Scottish Leaving Certificate Examination, 1954
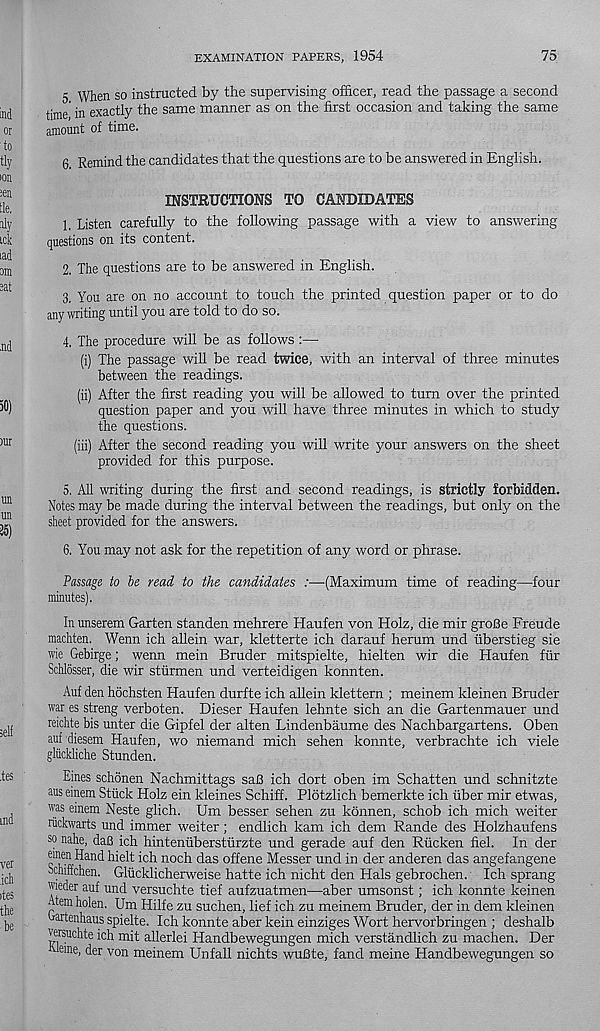
EXAMINATION PAPERS, 1954
75
5 When so instructed by the supervising officer, read the passage a second
time' in exactly the same manner as on the first occasion and taking the same
amount of time.
6 Remind the candidates that the questions are to be answered in English.
INSTRUCTIONS TO CANDIDATES
1. Listen carefully to the following passage with a view to answering
questions on its content.
2. The questions are to be answered in English.
3. You are on no account to touch the printed question paper or to do
any writing until you are told to do so.
4. The procedure will be as follows:—
(i) The passage will be read twice, with an interval of three minutes
between the readings.
(ii) After the first reading you will be allowed to turn over the printed
question paper and you will have three minutes in which to study
the questions.
(iii) After the second reading you will write your answers on the sheet
provided for this purpose.
5. All writing during the first and second readings, is strictly forbidden.
Notes may be made during the interval between the readings, but only on the
sheet provided for the answers.
6. You may not ask for the repetition of any word or phrase.
Passage to be read to the candidates :—(Maximum time of reading—four
minutes).
In unserem Garten standen mehrere Haufen von Holz, die mir groBe Freude
machten. Wenn ich allein war, kletterte ich darauf herum und tiberstieg sie
wie Gebirge; wenn mein Bruder mitspielte, hielten wir die Haufen ftir
Schlosser, die wir sturmen und verteidigen konnten.
Auf den hochsten Haufen durfte ich allein klettem ; meinem kleinen Bruder
war es streng verboten. Dieser Haufen lehnte sich an die Gartenmauer und
reidite bis unter die Gipfel der alten Lindenbaume des Nachbargartens. Oben
auf diesem Haufen, wo niemand mich sehen konnte, verbrachte ich viele
gliickliche Stunden.
Ernes schonen Nachmittags saB ich dort oben im Schatten und schnitzte
aus einem Stiick Holz ein kleines Schiff. Plotzlich bemerkte ich fiber mir etwas,
was einem Neste glich. Um besser sehen zu konnen, schob ich mich weiter
hickwarts und immer weiter; endlich kam ich dem Rande des Holzhaufens
so nahe, daB ich hintenfiberstfirzte und gerade auf den Rficken fiel. In der
omen Hand hielt ich noch das offene Messer und in der anderen das angefangene
ochiffchen. Glucklicherweise hatte ich nicht den Hals gebrochen. Ich sprang
wieder auf und versuchte tief aufzuatmen—aber umsonst; ich konnte keinen
Atem holen. Um Hilfe zu suchen, lief ich zu meinem Bruder, der in dem kleinen
Bartenhaus spielte. Ich konnte aber kein einziges Wort hervorbringen ; deshalb
Wrsuchte ich mit allerlei Handbewegungen mich verstandlich zu machen. Der
kleme, der von meinem Unfall nichts wuBte, fand meine Handbewegungen so